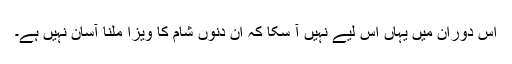
اس دوران میں یہاں اس لیے نہیں آ سکا کہ ان دنوں شام کا ویزا ملنا آسان نہیں ہے۔